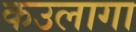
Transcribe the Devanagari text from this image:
कउलागा